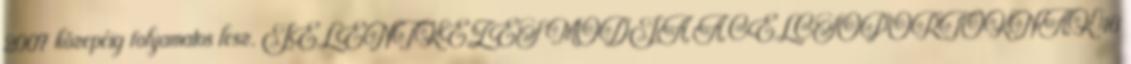
2007 közepéig folyamatos lesz. JELENTKEZÉS MÓDJA A CÉLCSOPORTOKNAK 46